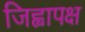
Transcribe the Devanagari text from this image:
जिह्वापक्ष